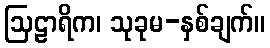
ဩဠာရိက၊ သုခုမ-နှစ်ချက်။